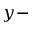
y -